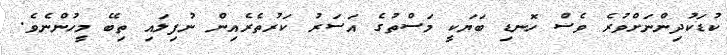
ކުޑަކުދިންނަށްވުރެ ވެސް ހޮނޑި ބަޔަކީ މަސްތުގެ އަސަރު ކަރުތެރެއިން ނުފިލައި ތިބޭ މީހުންނެވެ.